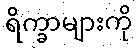
ရိက္ခာများကို